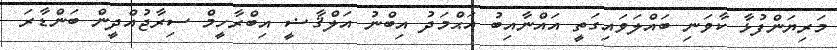
މަރިޔަންފުޅާ ކާވަނި ބައްލަވައިގަތީ އައްނާއިބު އަޙްމަދު އިބްނު އަލްޤާޟީ އިބްރާހީމް ސިރާޖުއްދީން ބަންޑާރަ